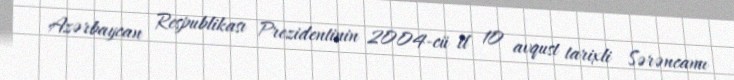
Azərbaycan Respublikası Prezidentinin 2004-cü il 10 avqust tarixli Sərəncamı